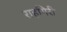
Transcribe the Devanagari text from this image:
राहगिरी